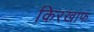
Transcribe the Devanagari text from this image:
किरखाफ